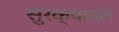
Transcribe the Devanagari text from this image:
सुरक्षादले